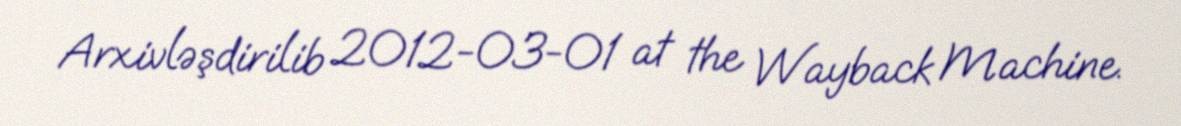
Arxivləşdirilib 2012-03-01 at the Wayback Machine.